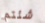
شئتم